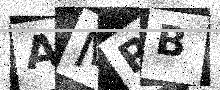
Text: AMPB